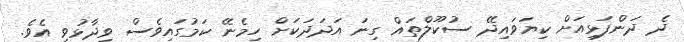
ދެ ދަންފަޅިއަށް ކިޔަވައިދޭ ސުކޫލްތައް ގިނަ އަދަދަކަށް ހިމެނޭ ކަމުގައިވެސް ވިދާޅުވި އެވެ.